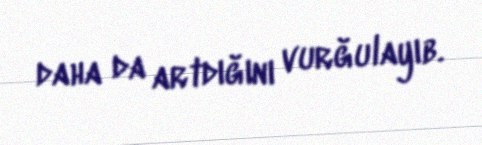
daha da artdığını vurğulayıb.